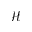
\mathcal { H }